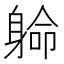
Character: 𨉟